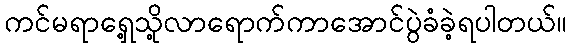
ကင်မရာရှေ့သို့လာရောက်ကာအောင်ပွဲခံခဲ့ရပါတယ်။